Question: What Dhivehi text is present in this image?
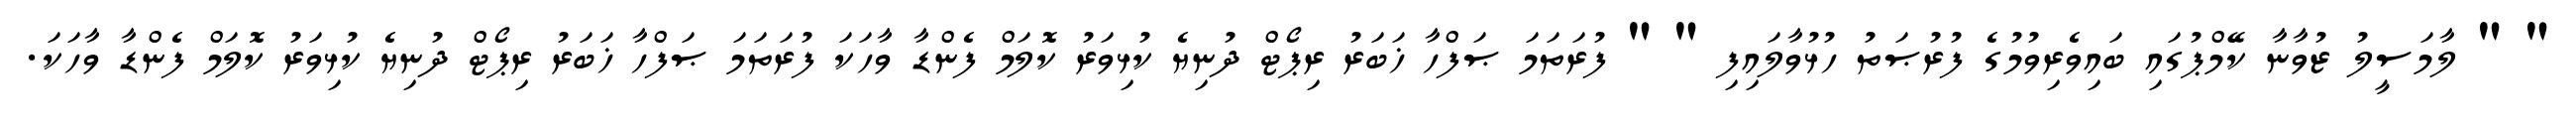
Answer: " " ލާމަސީލު ޒުވާނާ ކޭމްޕުގައި ބައިވެރިވުމުގެ ފުރުޞަތު ހުޅުވާލައިފި " " ފުރަތަމަ ޞަފްހާ ޚަބަރު ރިޕޯޓް ދުނިޔެ ކުޅިވަރު ކޮލަމް ފެންޑާ ވާހަކަ ފުރަތަމަ ޞަފްހާ ޚަބަރު ރިޕޯޓް ދުނިޔެ ކުޅިވަރު ކޮލަމް ފެންޑާ ވާހަކަ.